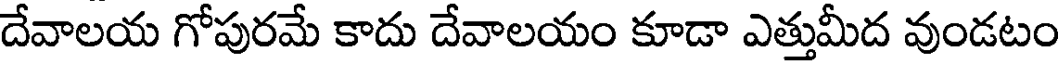
దేవాలయ గోపురమే కాదు దేవాలయం కూడా ఎత్తుమీద వుండటం